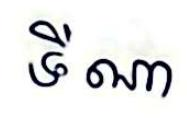
ទី ណា